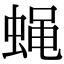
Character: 蝇